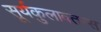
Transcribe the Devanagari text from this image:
सूर्यकुलावतन्स